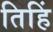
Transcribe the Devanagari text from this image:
तिहिं